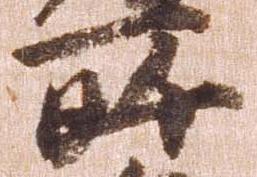
所